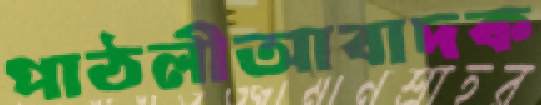
পাঠলীআবাদক